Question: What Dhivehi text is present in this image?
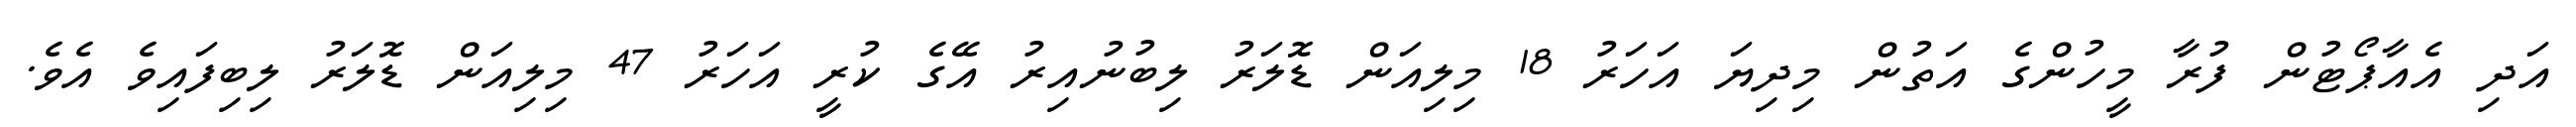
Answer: އަދި އެއާޕޯޓުން ފުރާ މީހުންގެ އަތުން މިދިޔަ އަހަރު 18 މިލިއަން ޑޮލަރު ލިބުނުއިރު އޭގެ ކުރީ އަހަރު 47 މިލިއަން ޑޮލަރު ލިބިފައިވެ އެވެ.